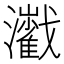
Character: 𤄔